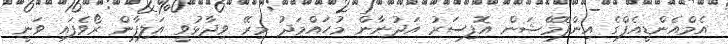
އެމްއެންޑީއެފްގެ އިންފޮމޭޝަން އޮފިސަރު އަދުނާން މުހައްމަދު މިރޭ ވިދާޅުވީ އަލިފާން ރޯވެފައި ވަނީ